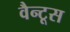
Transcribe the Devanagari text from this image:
वैन्टूस